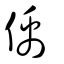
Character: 偊